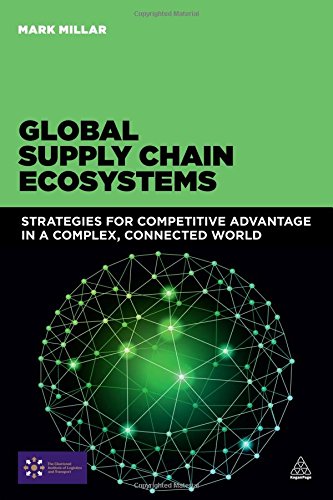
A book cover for Global Supply Chain Ecosystems: Strategies for Competitive Advantage in a Complex, Connected World; Mark Millar; Business & Money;